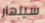
سينهار